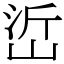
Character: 峾